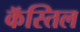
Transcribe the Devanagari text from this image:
कॅस्तिल